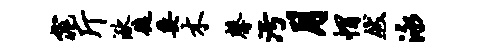
窕斤湫徒委木馨污月帽然泳